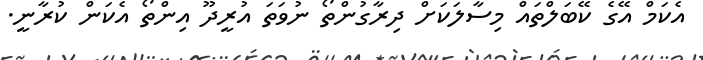
އެކަމް އޭގެ ކޭބަލްތައް މިސާލަކަށް ދިރާގުންތޯ ނުވަތަ އުރީދޫ އިންތޯ އެކަން ކުރާނީ.